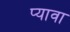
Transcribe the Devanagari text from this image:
प्यावा